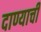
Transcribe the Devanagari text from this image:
दाण्याची